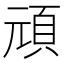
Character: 頑